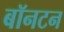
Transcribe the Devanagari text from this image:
बॉनटन